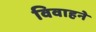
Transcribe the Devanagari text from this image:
विवाहने